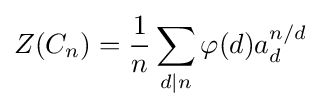
Z(C_{n})={\frac {1}{n}}\sum _{d|n}\varphi (d)a_{d}^{n/d}